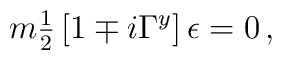
m{\textstyle\frac{1}{2}}\left[1\mp i\Gamma^{y}\right]  \epsilon =0\, ,